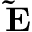
\mathbf { \tilde { E } }